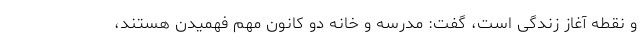
و نقطه آغاز زندگى است، گفت: مدرسه و خانه دو کانون مهم فهمیدن هستند،